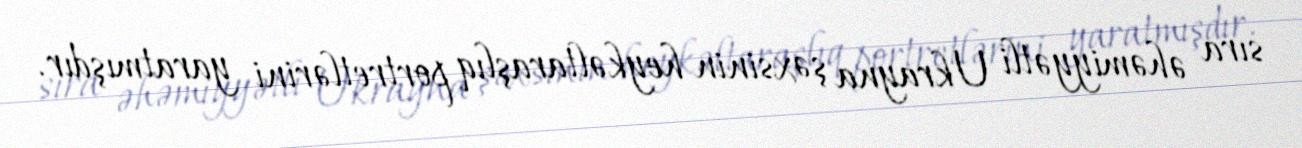
sıra əhəmiyyətli Ukrayna şəxsinin heykəltaraşlıq portretlərini yaratmışdır.